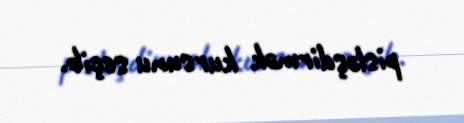
pisləşdirmək kursunu seçib.